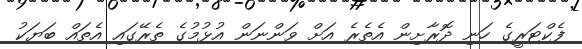
ފެކްޓަރީގެ ހަނި ދޮރާށިން އެެތެރެ އަށް ވަންނަން އުޅުމުގެ ތެރޭގައި އެތައް ބަޔަކު